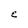
Character: e